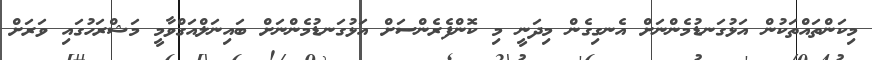
މިކަންތައްތަކުން އަޅުގަނޑުމެންނަށް އެނގިގެން މިދަނީ މި ކޮންފެރެންސަށް އަޅުގަނޑުމެންނަށް ބައިނަލްއަގްވާމީ މަޝްރަހުގައި ވަރަށް